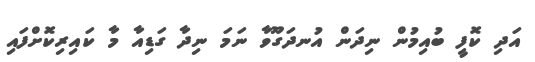
އަދި ކޮފީ ބުއިމުން ނިދަން އުނދަގޫވާ ނަމަ ނިދާ ގަޑިއާ މާ ކައިރިކޮށްފައި